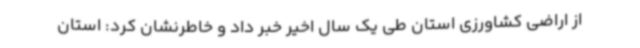
از اراضی کشاورزی استان طی یک سال اخیر خبر داد و خاطرنشان کرد: استان